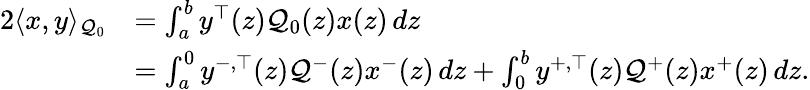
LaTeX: \begin{array}{rl}{2\langle x,y\rangle_{\mathcal{Q}_{0}}}&{=\int_{a}^{b}y^{\top}(z)\mathcal{Q}_{0}(z)x(z)\, dz}\\ &{=\int_{a}^{0}y^{-,\top}(z)\mathcal{Q}^{-}(z)x^{-}(z)\, dz+\int_{0}^{b}y^{+,\top}(z)\mathcal{Q}^{+}(z)x^{+}(z)\, dz.}\end{array}